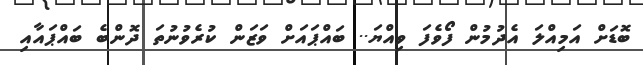
ބޮޑަށް އަމިއްލަ އެދުމުން ފޯވެފަ ވިއްޔަ.. ބައްޕައަށް ވަޒަން ކުރެވުނުތަ ދޮންބެ ބައްޕައާއި